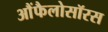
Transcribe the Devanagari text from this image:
आैंफैलोसॉरस